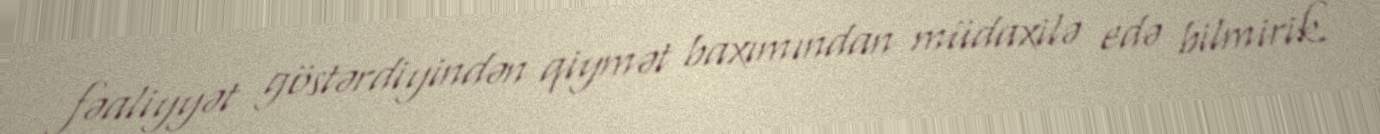
fəaliyyət göstərdiyindən qiymət baxımından müdaxilə edə bilmirik.